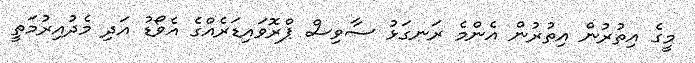
މީގެ އިތުރުން އިތުރުން އެންމެ ރަނގަޅު ސާވިސް ޕްރޮވައިޑަރެއްގެ އެވޯޑު އަދި މެދުއިރުމަތީ